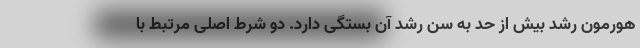
هورمون رشد بیش از حد به سن رشد آن بستگی دارد. دو شرط اصلی مرتبط با